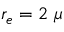
r _ { e } = 2 ~ \mu